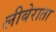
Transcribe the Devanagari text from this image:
लीबेराता